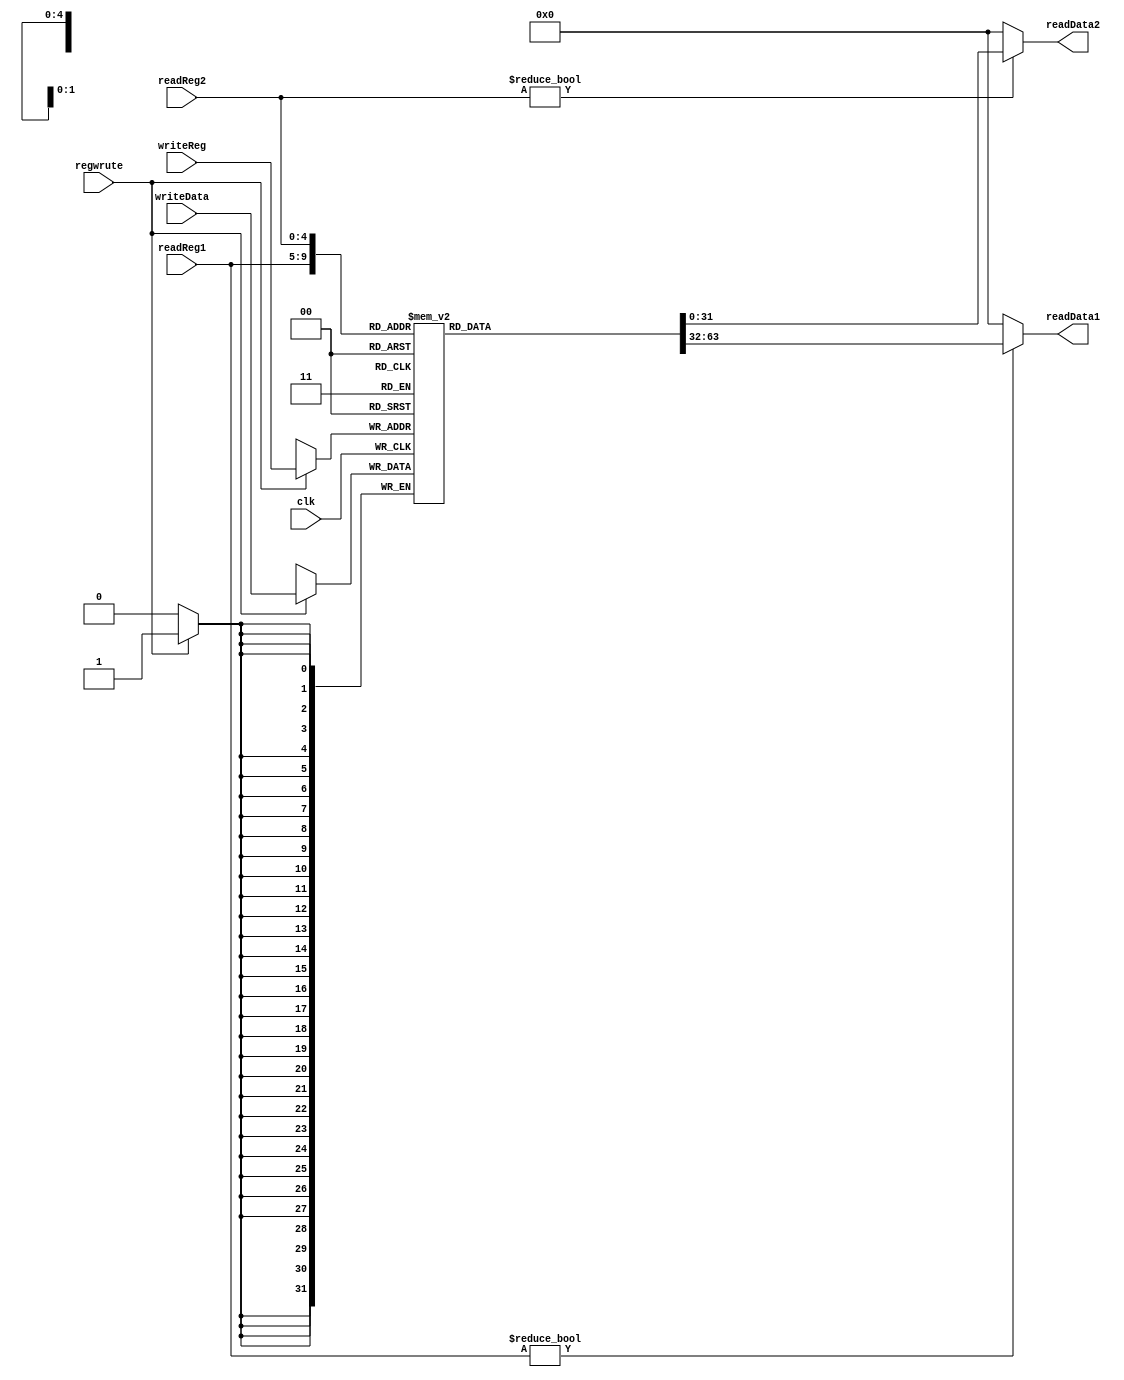
`timescale 1ns / 1ps
//////////////////////////////////////////////////////////////////////////////////
// Company: 
// Engineer: 
// 
// Design Name: 
// Module Name: Registers
// Project Name: 
// Target Devices: 
// Tool Versions: 
// Description: 
// 
// Dependencies: 
// 
// Revision:
// Revision 0.01 - File Created
// Additional Comments:
// 
//////////////////////////////////////////////////////////////////////////////////


module Registers(
    input clk,
    input [25:21] readReg1,
    input [20:16] readReg2,
    input [4:0] writeReg,
    input [31:0] writeData,
    input regwrute,
    output reg [31:0] readData1,
    output reg [31:0] readData2
    );
    
    reg [31:0] regFile[31:0];
    
    always @ (readReg1 or readReg2 or writeReg)
    begin
        if(readReg1)
            readData1=regFile[readReg1];
        else
            readData1=0;
        if(readReg2)
            readData2=regFile[readReg2];
        else
            readData2=0;     
    end
 always @ (negedge clk) 
    begin
        if (regwrute)
         regFile[writeReg] = writeData; 
         end   
endmodule